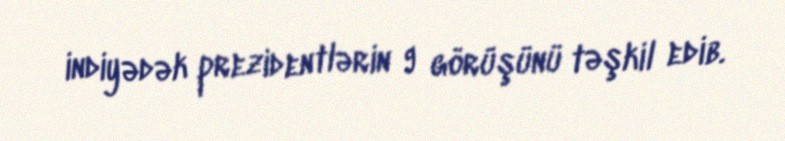
indiyədək prezidentlərin 9 görüşünü təşkil edib.